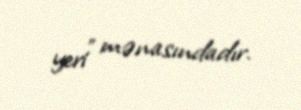
yeri” mənasındadır.